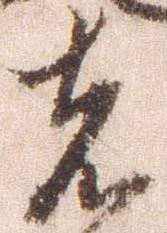
者